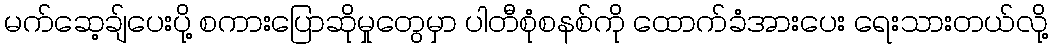
မက်ဆေ့ချ်ပေးပို့ စကားပြောဆိုမှုတွေမှာ ပါတီစုံစနစ်ကို ထောက်ခံအားပေး ရေးသားတယ်လို့